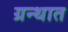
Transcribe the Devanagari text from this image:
ग्रन्थात